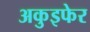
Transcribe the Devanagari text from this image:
अकुइफेर